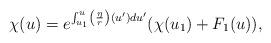
LaTeX: \begin{align*} \chi(u)=e^{\int_{u_1}^u\left(\frac{\eta}{r}\right)(u')du'}(\chi(u_1)+F_1(u)),\end{align*}